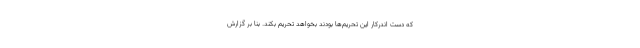
که دست اندرکار این تحریم‌ها بودند بخواهد تحریم بکند. بنا بر گزارش